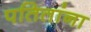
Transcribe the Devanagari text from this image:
पतितांना